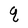
Character: q